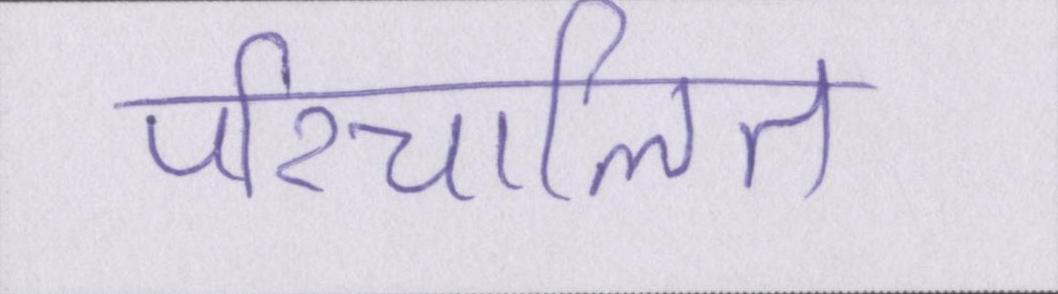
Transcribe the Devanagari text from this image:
परिचालित